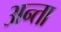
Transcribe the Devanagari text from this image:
अन्ता